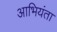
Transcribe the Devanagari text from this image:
आभियंता